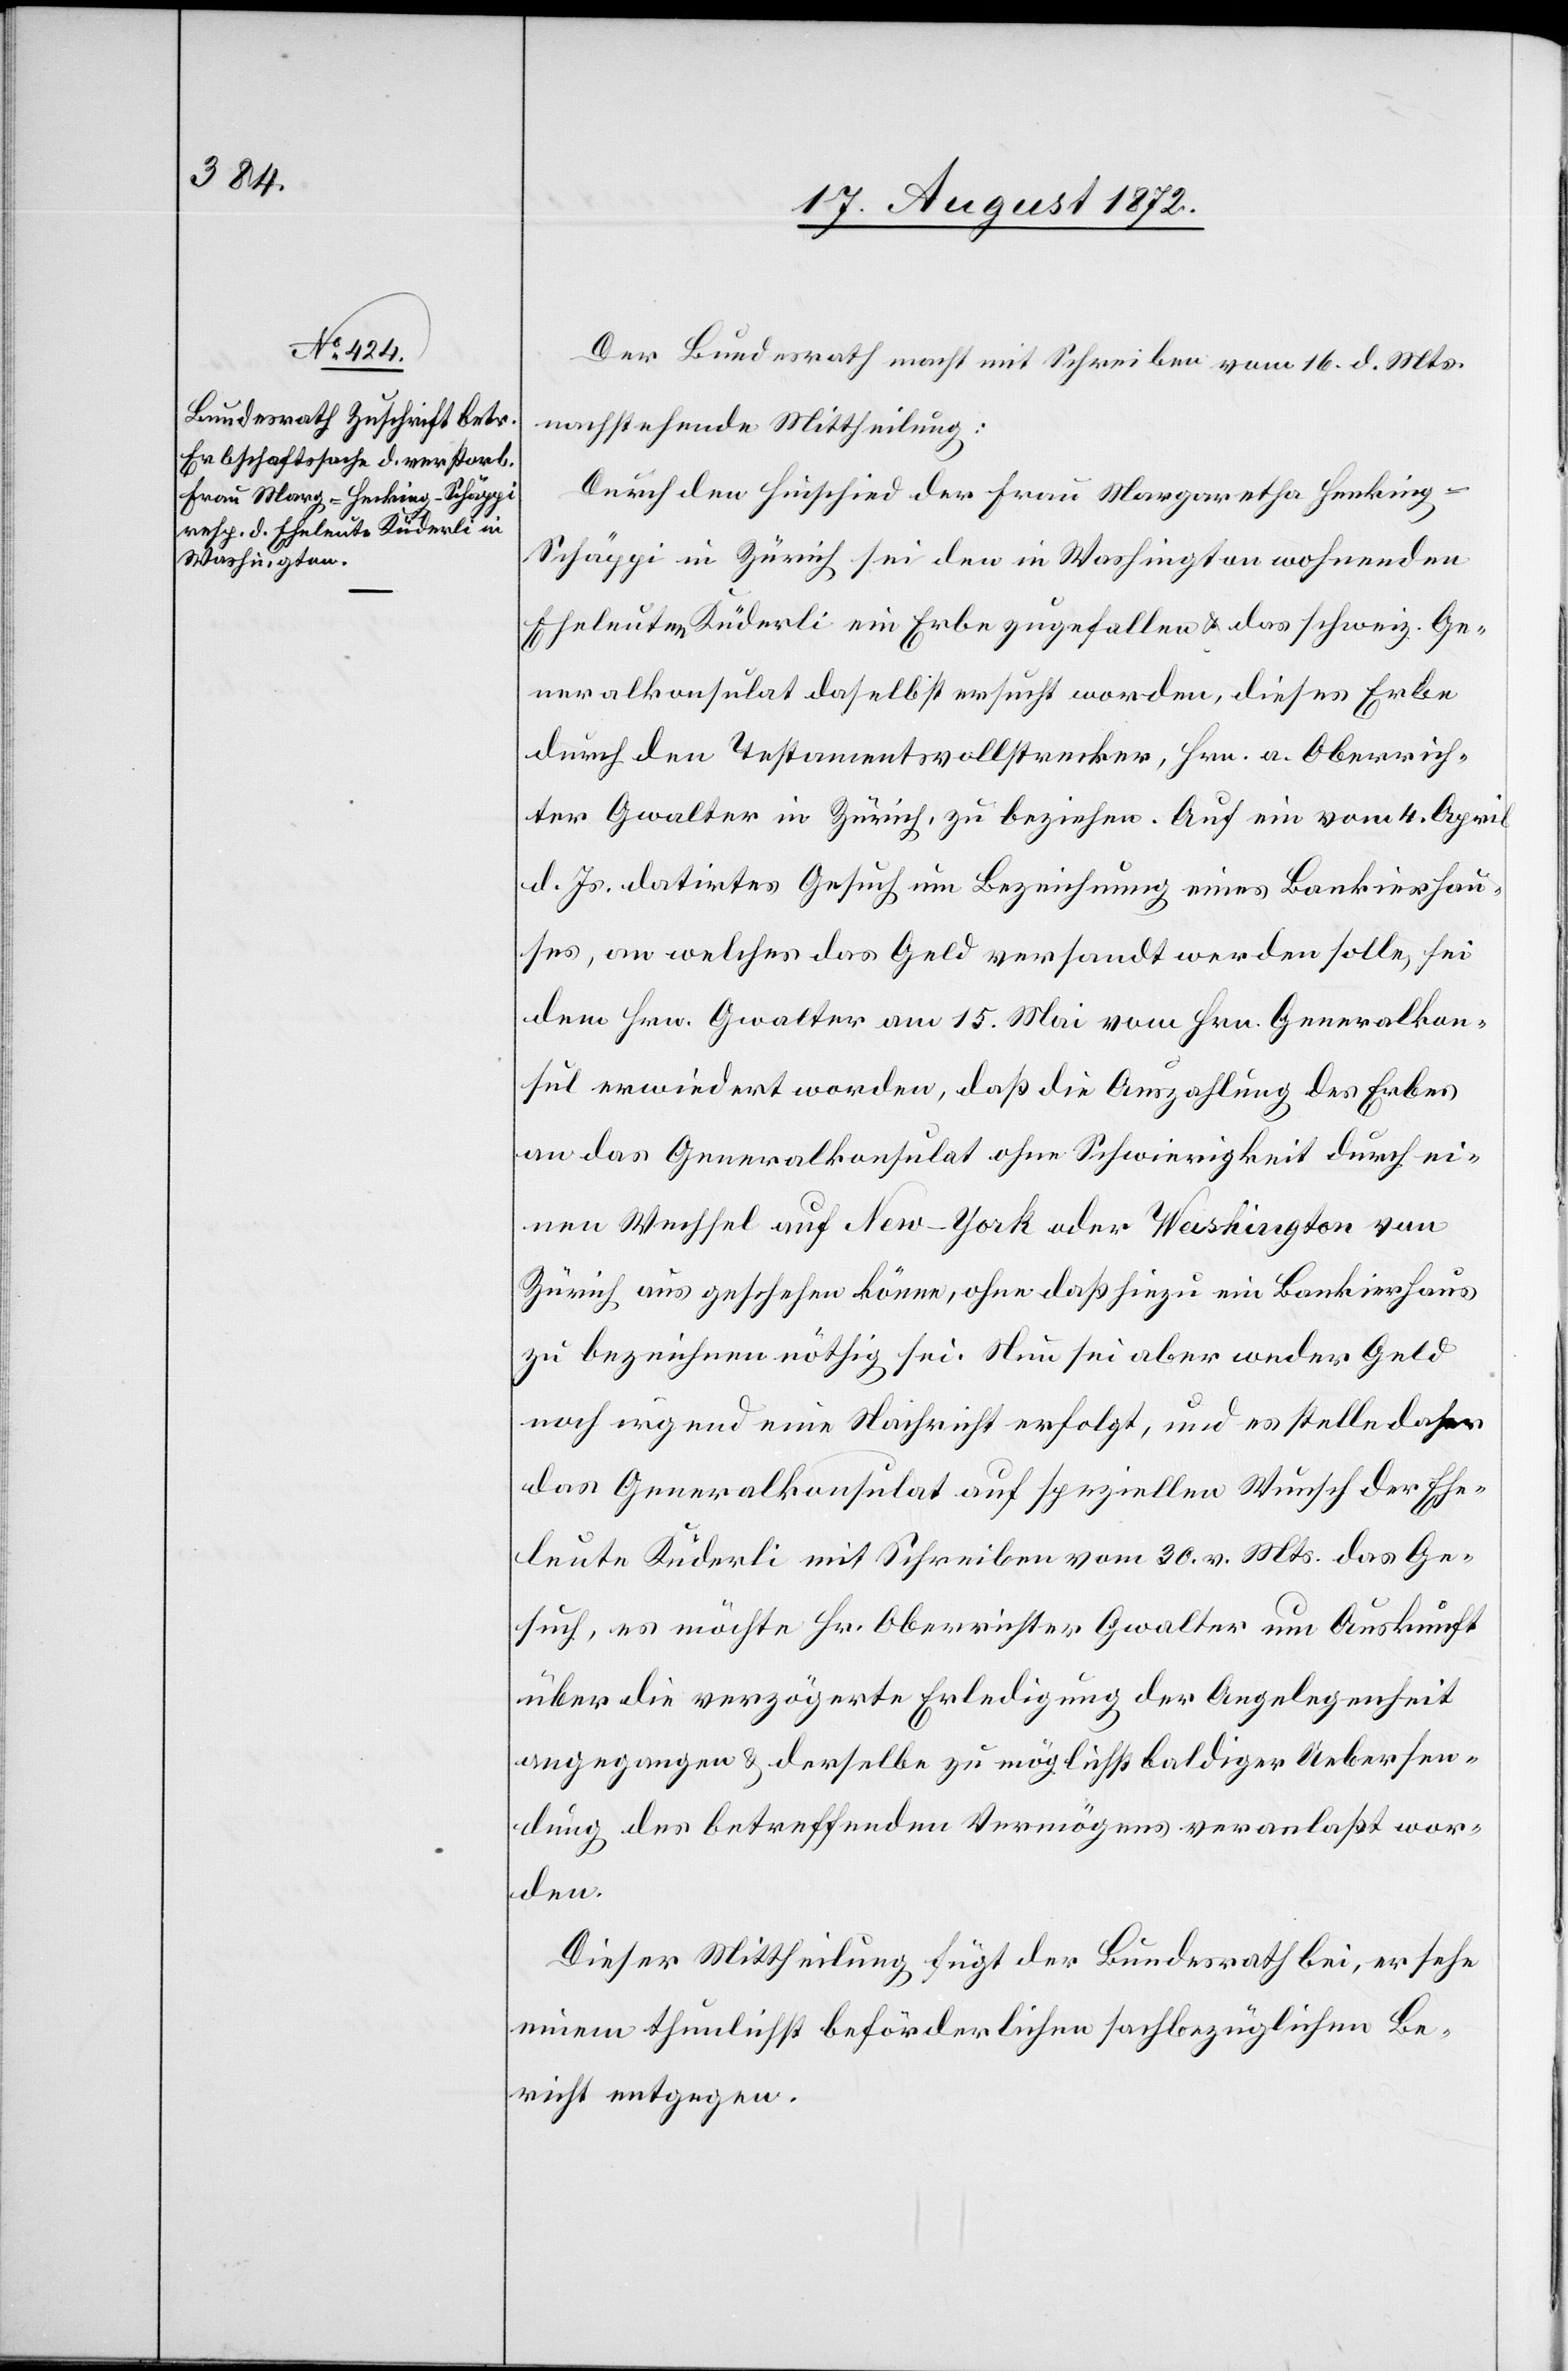
20. August 1872.]
Der Bundesrath macht mit Schreiben vom 16. d. Mts.
nachstehende Mittheilung:
Durch den Hinschied der Frau Margaretha Henkin¬
g-Schäppi in Zürich sei den in Washington wohnenden
Eheleuten Küderli ein Erbe zugefallen u. das schweiz. Ge¬
neralkonsulat daselbst ersucht worden, dieses Erbe
durch den Testamentsvollstrecker, Hrn. a. Oberrich¬
ter Gwalter in Zürich, zu beziehen. Auf ein vom 4. April
d. Js. datirtes Gesuch um Bezeichnung eines Bankierhau¬
ses, an welches das Geld versandt werden solle, sei
dem Hrn. Gwalter am 15. Mai vom Hrn. Generalkon¬
sul erwiedert worden, daß die Auszahlung des Erbes
an das Generalkonsulat ohne Schwierigkeit durch ei¬
nen Wechsel auf New-York oder Washington von
Zürich aus geschehen könne, ohne daß hiezu ein Bankierhaus
zu bezeichnen nöthig sei. Nun sei aber weder Geld
noch irgend eine Nachricht erfolgt, und es stelle daher
das Generalkonsulat auf speziellen Wunsch der Ehe¬
leute Küderli mit Schreiben vom 30. v. Mts. das Ge¬
such, es möchte Hr. Oberrichter Gwalter um Auskunft
über die verzögerte Erledigung der Angelegenheit
angegangen u. derselbe zu möglichst baldiger Uebersen¬
dung des betreffenden Vermögens veranlaßt wor¬
den
Dieser Mittheilung fügt der Bundesrath bei, er sehe
einem thunlichst beförderlichen sachbezüglichen Be¬
richt entgegen.